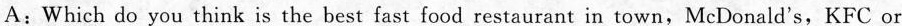
A:Which do you think is the best fast food restaurant in town,McDonald's,KFC or